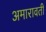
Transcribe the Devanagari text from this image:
अमारावती